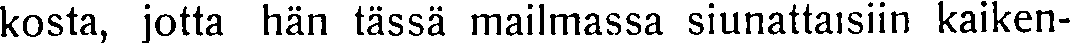
kosta, jotta hän tässä mailmassa siunattaisiin kaiken-